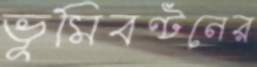
ভূমিবণ্টনের